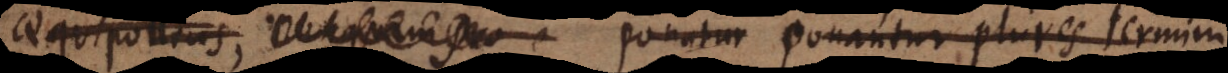
pro ponatur ponantur plures termini